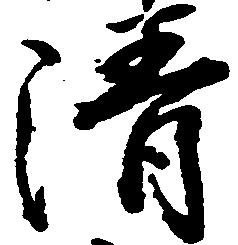
清